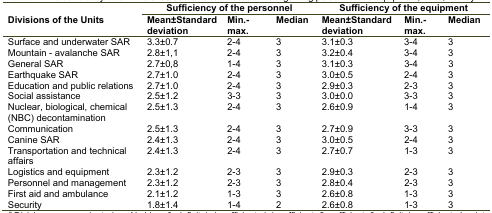
<table><thead><tr><td rowspan="2"><b>Divisions of the Units</b></td><td colspan="3"><b>Sufficiency of the personnel</b></td><td colspan="3"><b>Sufficiency of the equipment</b></td></tr><tr><td><b>Mean±Standard deviation</b></td><td><b>Min.-max.</b></td><td><b>Median</b></td><td><b>Mean±Standard deviation</b></td><td><b>Min.-max.</b></td><td><b>Median</b></td></tr></thead><tbody><tr><td>Surface and underwater SAR</td><td>3.3±0.7</td><td>2-4</td><td>3</td><td>3.1±0.3</td><td>3-4</td><td>3</td></tr><tr><td>Mountain-avalanche SAR</td><td>2.8±1,1</td><td>2-4</td><td>3</td><td>3.2±0.4</td><td>3-4</td><td>3</td></tr><tr><td>General SAR</td><td>2.7±0,8</td><td>1-4</td><td>3</td><td>3.1±0.3</td><td>3-4</td><td>3</td></tr><tr><td>Earthquake SAR</td><td>2.7±1.0</td><td>2-4</td><td>3</td><td>3.0±0.5</td><td>2-4</td><td>3</td></tr><tr><td>Education and public relations</td><td>2.7±1.0</td><td>2-4</td><td>3</td><td>2.9±0.3</td><td>2-3</td><td>3</td></tr><tr><td>Social assistance</td><td>2.5±1.2</td><td>3-3</td><td>3</td><td>3.0±0.0</td><td>3-3</td><td>3</td></tr><tr><td>Nuclear, biological, chemical (NBC) decontamination</td><td>2.5±1.3</td><td>2-4</td><td>3</td><td>2.6±0.9</td><td>1-4</td><td>3</td></tr><tr><td>Communication</td><td>2.5±1.3</td><td>2-4</td><td>3</td><td>2.7±0.9</td><td>3-3</td><td>3</td></tr><tr><td>Canine SAR</td><td>2.4±1.3</td><td>2-4</td><td>3</td><td>3.0±0.5</td><td>2-4</td><td>3</td></tr><tr><td>Transportation and technical affairs</td><td>2.4±1.3</td><td>2-4</td><td>3</td><td>2.7±0.7</td><td>1-3</td><td>3</td></tr><tr><td>Logistics and equipment</td><td>2.3±1.2</td><td>2-3</td><td>3</td><td>2.9±0.3</td><td>2-3</td><td>3</td></tr><tr><td>Personnel and management</td><td>2.3±1.2</td><td>2-3</td><td>3</td><td>2.8±0.4</td><td>2-3</td><td>3</td></tr><tr><td>First aid and ambulance</td><td>2.1±1.2</td><td>1-3</td><td>3</td><td>2.6±0.8</td><td>1-3</td><td>3</td></tr><tr><td>Security</td><td>1.8±1.4</td><td>1-4</td><td>2</td><td>2.6±0.8</td><td>1-3</td><td>3</td></tr></tbody></table>